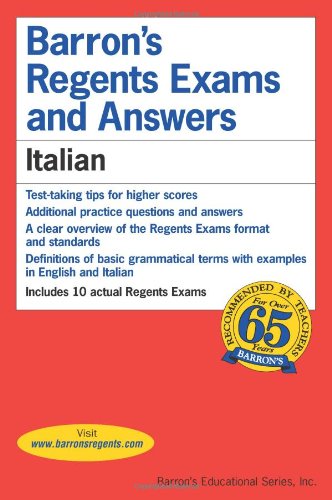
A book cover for Italian (Barron's Regents Exams and Answers); Coscarelli; Test Preparation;